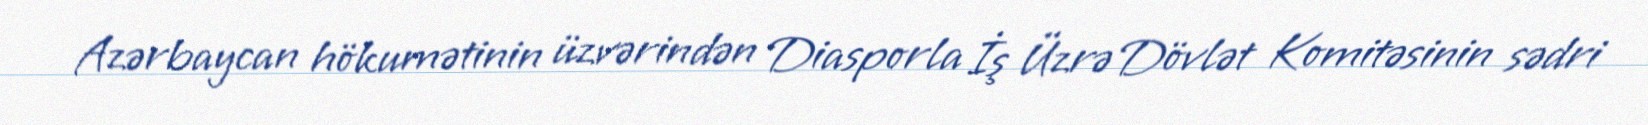
Azərbaycan hökumətinin üzvərindən Diasporla İş Üzrə Dövlət Komitəsinin sədri